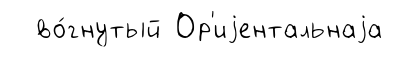
во́гнутый Ор'иjентальнаjа